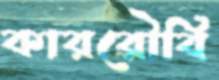
কাররৌবি